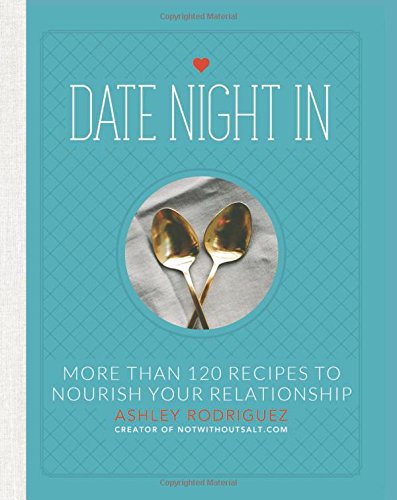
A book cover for Date Night In: More than 120 Recipes to Nourish Your Relationship; Ashley Rodriguez; Cookbooks, Food & Wine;